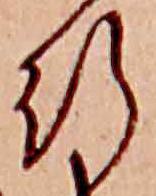
行